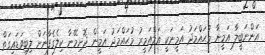
އަންނަބީލާ އަމީނާ މުޙައްމަދު އަމީނަކީ އަލްއަމީރު މުޙައްމަދު އަމީން ދޮށިމޭނާ ކިލެގެފާނަށް ލިބިވަޑައިގަތް